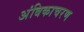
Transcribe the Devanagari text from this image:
अंबिकाचरण